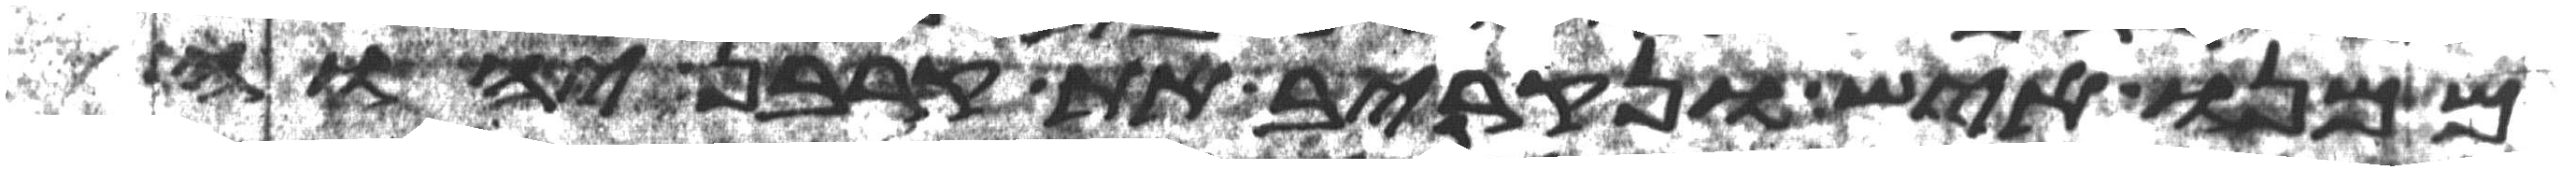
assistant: ממנו איש ונקריב את קרבן יהוה